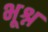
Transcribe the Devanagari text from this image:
भूश्न